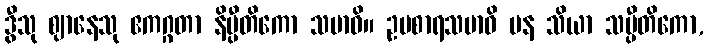
ဒွီသု ဈာနေသု ဧကဂ္ဂတာ နိပ္ပီတိကော သမာဓိ။ ဥပစာရသမာဓိ ပန သိယာ သပ္ပီတိကော,